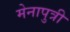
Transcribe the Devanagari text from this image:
मेनापुत्री